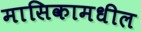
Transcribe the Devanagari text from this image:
मासिकामधील